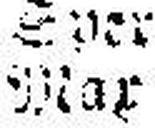
Mar